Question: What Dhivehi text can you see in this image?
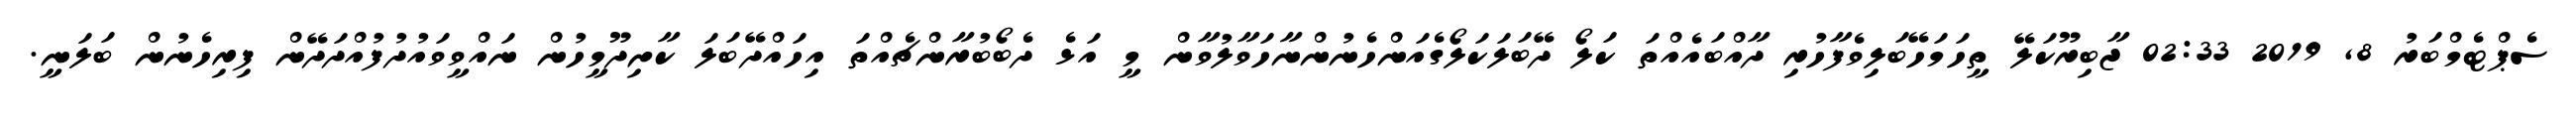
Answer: ސެޕްޓެމްބަރު 8, 2019 02:33 ޖާބިރޫކަލޭ ތީހަމަހޭބަލިވެފާހުރި ދާއްބައެއްތަ ކަލޯ ދޭބަލަކަލޯގެއަންހެނުންނާހަވާލުވާން މީ އަޅެ ދެބޯބުރާންޗެއްތަ އިހައްދޭބަލަ ކާށިދޫމީހުން ނައްވީވައުދުފުއްދަދޭން ފިރިހެނުން ބަލަނީ.